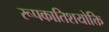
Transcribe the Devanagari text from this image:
रूपकातिशयोक्ति